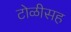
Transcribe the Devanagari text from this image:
टोळीसह